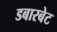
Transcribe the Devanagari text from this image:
डबारबेट